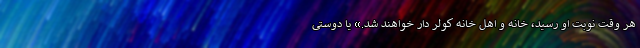
هر وقت نوبت او رسید، خانه و اهل خانه کولر دار خواهند شد.» یا دوستی